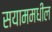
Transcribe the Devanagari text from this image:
सयाममधील